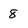
Character: 8